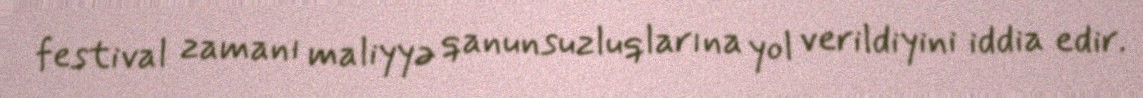
festival zamanı maliyyə qanunsuzluqlarına yol verildiyini iddia edir.